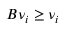
B { \nu } _ { i } \geq \nu _ { i }